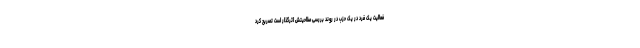
فعالیت یک فرد در یک حزب در روند بررسی صلاحیتش اثرگذار است تصریح کرد